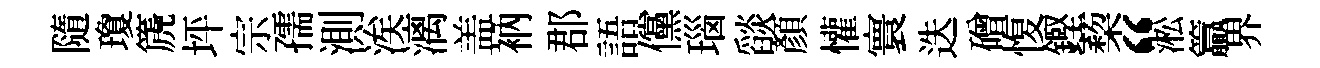
隨瓊篪坪宗孺測涘漓盖衲郡語儻瑙𦦨顏懽寰迭磳愎鏗蔾“淞籯界